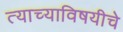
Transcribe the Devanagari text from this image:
त्याच्याविषयीचे